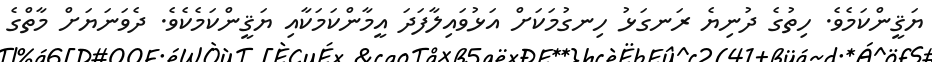
ޔަޤީންކަމެވެ. ހިތުގެ ދުނިޔެ ރަނގަޅު ހިނގުމަކަށް އަޅުވައިލާފަދަ އީމާންކަމަކާއި ޔަޤީންކަމެކެވެ. ދެވަނަޔަށް މާތްގެ